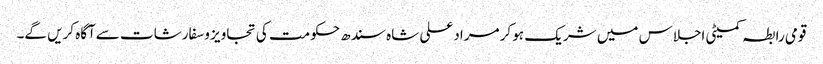
قومی رابطہ کمیٹی اجلاس میں شریک ہو کر مرادعلی شاہ سندھ حکومت کی تجاویز وسفارشات سےآگاہ کریں گے۔